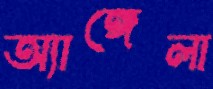
অ্যাঙ্গেলা